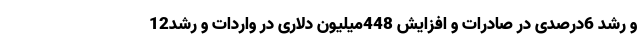
و رشد 6درصدی در صادرات و افزایش 448میلیون دلاری در واردات و رشد12